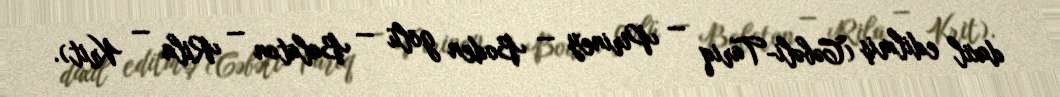
daxil edilmiş (Cəbəli-Tariq — Piriney — Boden gölü — Balaton — Rila — Krit).